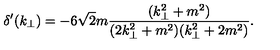
\delta ^ { \prime } ( k _ { \bot } ) = - 6 \sqrt { 2 } m \frac { ( k _ { \bot } ^ { 2 } + m ^ { 2 } ) } { ( 2 k _ { \bot } ^ { 2 } + m ^ { 2 } ) ( k _ { \bot } ^ { 2 } + 2 m ^ { 2 } ) } .